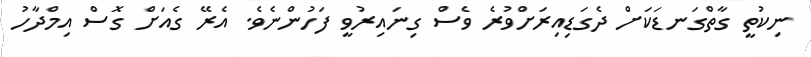
ނިކުތީ ގާތްގަނޑަކަށް ދެގަޑިއިރަަށްވުރެ ވެސް ގިނައިރުވީ ފަހުންނެވެ. އެރޭ ގެއަށް ގޮސް އިމްދާހު